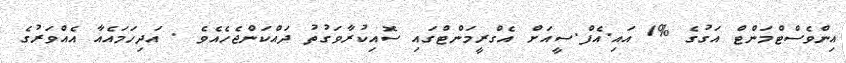
އިންވެސްޓްމަންޓް އަގުގެ %1 އައި.އެފް.ސީއަށް އެގްރީމަންޓްގައި ސޮއިކުރާވަގުތު ދައްކަންޖެހެއެވެ . އަދިހަމައެއާ އެއްވަރުގެ